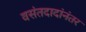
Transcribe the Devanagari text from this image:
वसंतदादांनंतर